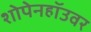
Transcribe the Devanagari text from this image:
शोपेनहॉउवर